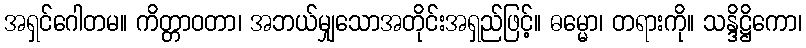
အရှင်ဂေါတမ။ ကိတ္တာဝတာ၊ အဘယ်မျှသောအတိုင်းအရှည်ဖြင့်။ ဓမ္မော၊ တရားကို။ သန္ဒိဋ္ဌိကော၊